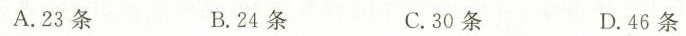
A.23条 B.24条 C.30条 D.46条